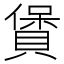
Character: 賲